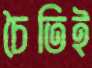
চৈতিই